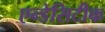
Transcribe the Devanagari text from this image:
एन्डेसिटीक